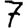
Digit: 7